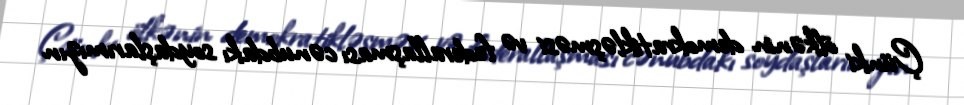
Çünki ölkənin demokratikləşməsi və federallaşması cənubdakı soydaşlarımızın